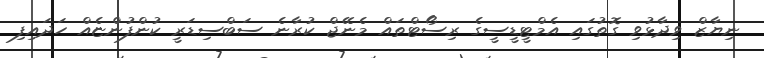
ނިޔާޒް ވިދާޅުވި ގޮތުގައި އެމްޓީޑީސީގެ ރިސޯޓްތައް މެނޭޖް ކުރާނެ ސަބްސިޑަރީ ކުންފުންޏެއް ހަދައިފި